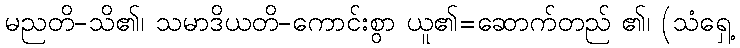
မညတိ-သိ၏၊ သမာဒိယတိ-ကောင်းစွာ ယူ၏=ဆောက်တည် ၏၊ (သံရှေ့